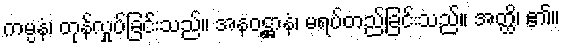
ကမ္ပနံ၊ တုန်လှုပ်ခြင်းသည်။ အနဝဋ္ဌာနံ၊ မရပ်တည်ခြင်းသည်။ အတ္ထိ၊ ၏။